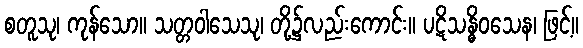
စတူသု၊ ကုန်သော။ သတ္တဝါသေသု၊ တို့၌လည်းကောင်း။ ပဋိသန္ဓိဝသေန၊ ဖြင့်။